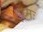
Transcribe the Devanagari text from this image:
इध्मः